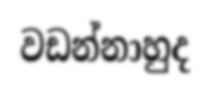
වඩන්නාහුද